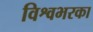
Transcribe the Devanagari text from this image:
विश्वभरका